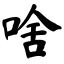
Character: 啥